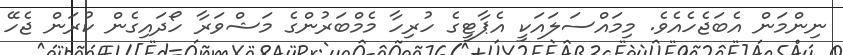
ނިންމަން އެބަޖެހެއެވެ. މިމައްސަލައަކީ އެޕާޓީގެ ހުރިހާ މެމްބަރުންގެ މަޝްވަރާ ހޯދައިގެން ކުރަން ޖެހޭ